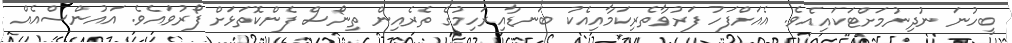
ބީހުނަ ނުދިނުމަށްޓަކައިއެވެ. އެއަށްފަހު ފަރުވާތެރިކަމާއިއެކު ބަނޑާއިރަހިމުގެ ތެރެއިން ތިނޯސް ފެންކޮތަޅަށް ފޯރުވައެވެ. އައުންސްއެއް